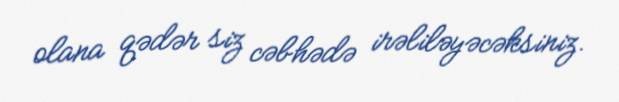
olana qədər siz cəbhədə irəliləyəcəksiniz.